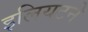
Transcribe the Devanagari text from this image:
इलियटने